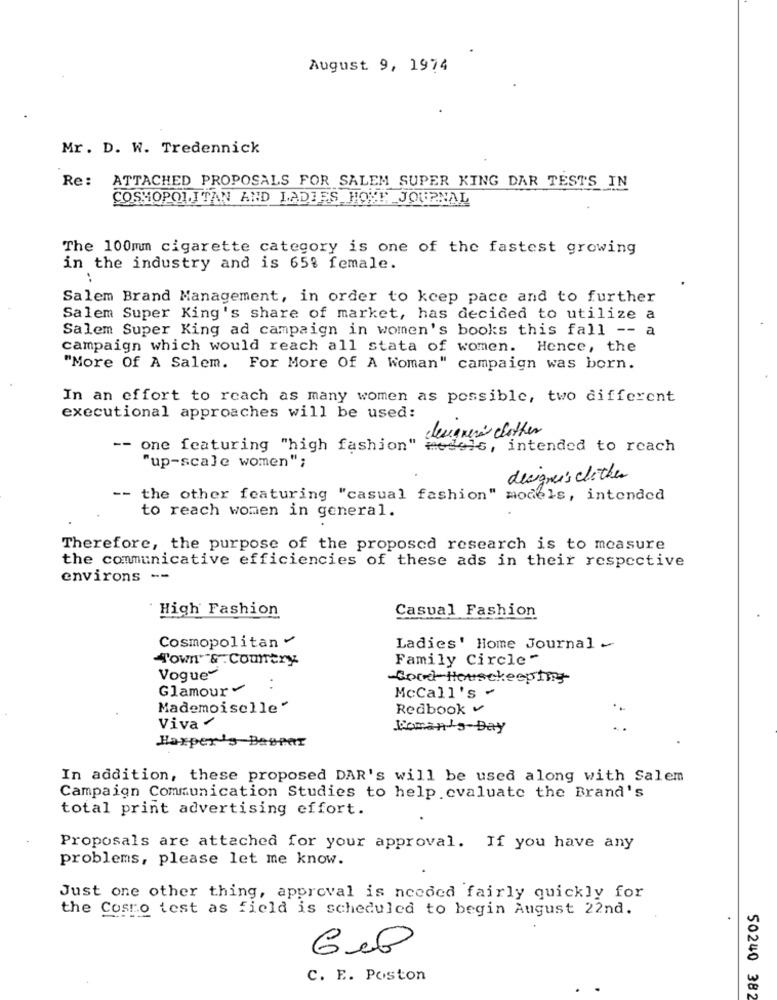
August 9, 1974
Mr. D. W. Tredennick
Re: ATTACHED PROPOSALS FOR SALEM SUPER KING DAR TESTS IN
COSMOPOLITAN AND LADIES HOUT JOURNAL
The 100mm cigarette category is one of the fastest growing
in the industry and is 65% female.
Salem Brand Management, in order to keep pace and to further
Salem Super King's share of market, has decided to utilize a
Salem Super King ad campaign in women's books this fall -- a
campaign which would reach all stata of women.
Hence, the
"More Of A Salem. For More Of A Woman" campaign was born.
In an effort to reach as many women as possible, two different
executional approaches will be used:
designer's clother
-- one featuring "high fashion" meseis, intended to reach
"up-scale women";
designer's clothes
-- the other featuring "casual fashion" models, intended
to reach women in general.
Therefore, the purpose of the proposed research is to measure
the communicative efficiencies of these ads in their respective
environs --
High Fashion
Casual Fashion
Cosmopolitan
Ladies' Home Journal _
Town" & : Comery
Family Circle-
Vogue
-Good Housekeeping
Glamour
:
McCall's -
Mademoiselle"
Redbook v
Viva .
Roman'sDay
Harper's Baspar
In addition, these proposed DAR's will be used along with Salem
Campaign Communication Studies to help.evaluate the Brand's
total print advertising effort.
Proposals are attached for your approval. If you have any
problems, please let me know.
Just one other thing, approval is needed fairly quickly for
the Cosmo test as field is scheduled to begin August 22nd.
C. E. Poston
50240 382